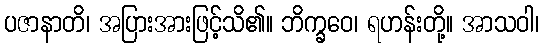
ပဇာနာတိ၊ အပြားအားဖြင့်သိ၏။ ဘိက္ခဝေ၊ ရဟန်းတို့။ အာသဝါ၊